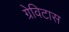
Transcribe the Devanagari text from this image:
ग्रेविटास